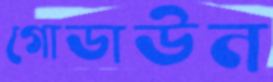
গোডাউন